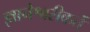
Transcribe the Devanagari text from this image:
ज्ञानेश्वरीकर्ते